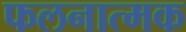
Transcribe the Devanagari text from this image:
फलनात्मक